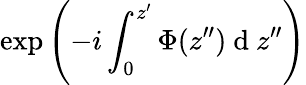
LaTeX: \exp\left(-i\int_{0}^{z^{\prime}}\Phi(z^{\prime\prime})\mathrm{~d~}z^{\prime\prime}\right)